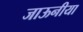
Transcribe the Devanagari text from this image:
जाऊनीया